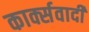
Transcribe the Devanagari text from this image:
कार्क्सवादी